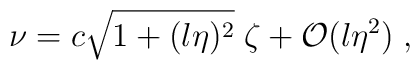
\nu=c\sqrt{1+(l\eta)^2}\;\zeta+{\cal O}(l\eta^2)\;,